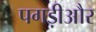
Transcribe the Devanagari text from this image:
पगड़ीऔर